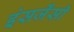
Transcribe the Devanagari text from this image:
इंसर्जेंसी